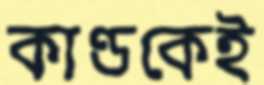
কাণ্ডকেই